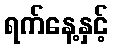
ရက်နေ့နှင့်